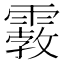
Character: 𩄿